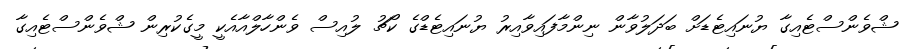
ޝްވެންސްޓެއިގާ ޔުނައިޓެޑަށް ބަދަލުވާން ނިންމާފައިވާއިރު ޔުނައިޓެޑްގެ ކޯޗު ލުއިސް ވެންހާލްއާއެކީ މީގެކުރިން ޝްވެންސްޓެއިގާ